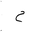
Letter: _ha